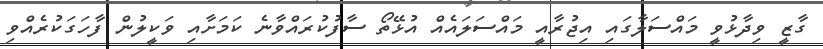
ގާޒީ ވިދާޅުވީ މައްސަލާގައި އިޖުރާއީ މައްސަލައެއް އުޅޭތޯ ސާފުކުރައްވާނެ ކަމަށާއި ވަކީލުން ފާހަގަކުރެއްވި